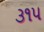
૩૧૫